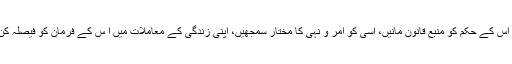
اوریہ صرف اللہ کا حق ہے کہ بندے اس کی حاکمیت تسلیم کریں، اس کے حکم کو منبع قانون مانیں، اسی کو امر و نہی کا مختار سمجھیں، اپنی زندگی کے معاملات میں ا س کے فرمان کو فیصلہ کن قرار دیں اور ہدایت و رہنمائی کیلئے اسی کی طرف رجوع کریں۔